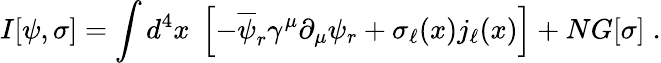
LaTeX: I[\psi,\sigma]=\int d^{4}x\; \left[-\overline{{{\psi}}}_{r}\gamma^{\mu}\partial_{\mu}\psi_{r}+\sigma_{\ell}(x)j_{\ell}(x)\right]+NG[\sigma]\; .